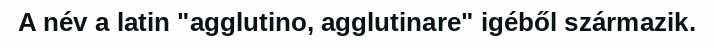
A név a latin "agglutino, agglutinare" igéből származik.